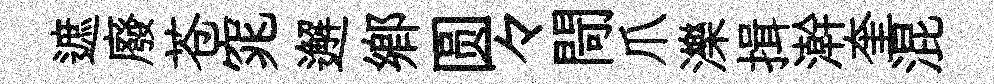
遮廢苍窕邂鄉圆々閜爪濼揖澣奎混